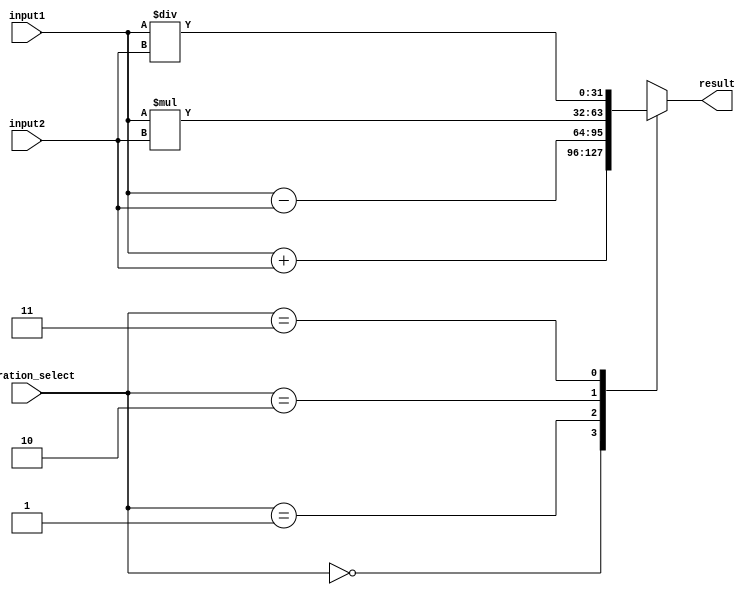
module fixed_point_unit (
    input [31:0] input1,
    input [31:0] input2,
    input [1:0] operation_select,
    output reg [31:0] result
);

always @(*) begin
    case(operation_select)
        2'b00: result = input1 + input2; // Addition
        2'b01: result = input1 - input2; // Subtraction
        2'b10: result = input1 * input2; // Multiplication
        2'b11: result = input1 / input2; // Division
    endcase
end

endmodule